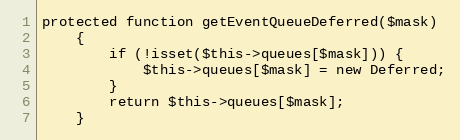
Language: PHP
protected function getEventQueueDeferred($mask)
    {
        if (!isset($this->queues[$mask])) {
            $this->queues[$mask] = new Deferred;
        }
        return $this->queues[$mask];
    }